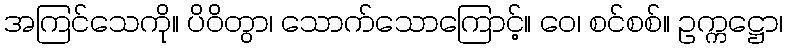
အကြင်သေကို။ ပိဝိတွာ၊ သောက်သောကြောင့်။ ဝေ၊ စင်စစ်။ ဥက္ကဋ္ဌော၊